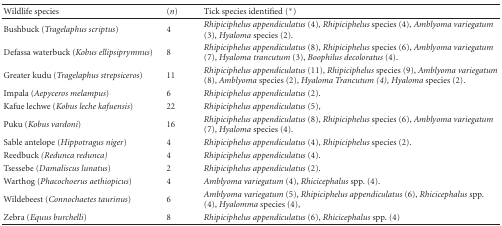
| Wildlife species | (n) | Tick species identified (*) |
 | --- | --- | --- |
 | Bushbuck (Tragelaphus scriptus) | 4 | Rhipiciphelus appendiculatus (4), Rhipiciphelus species (4), Amblyoma variegatum (3), Hyaloma species (2). |
 | Defassa waterbuck (Kobus ellipsiprymnus) | 8 | Rhipiciphelus appendiculatus (8), Rhipiciphelus species (6), Amblyoma variegatum (7), Hyaloma trancutum (3), Boophilus decoloratus (4). |
 | Greater kudu (Tragelaphus strepsiceros) | 11 | Rhipiciphelus appendiculatus (11), Rhipiciphelus species (9), Amblyoma variegatum (8), Amblyoma species (2), Hyaloma Trancutum (4), Hyaloma species (2). |
 | Impala (Aepyceros melampus) | 6 | Rhipiciphelus appendiculatus (2). |
 | Kafue lechwe (Kobus leche kafuensis) | 22 | Rhipiciphelus appendiculatus (5), |
 | Puku (Kobus vardoni) | 16 | Rhipiciphelus appendiculatus (8), Rhipiciphelus species (6), Amblyoma variegatum (7), Hyaloma species (4). |
 | Sable antelope (Hippotragus niger) | 4 | Rhipiciphelus appendiculatus (4), Rhipiciphelus species (2). |
 | Reedbuck (Redunca redunca) | 4 | Rhipiciphelus appendiculatus (4). |
 | Tsessebe (Damaliscus lunatus) | 2 | Rhipiciphelus appendiculatus (2). |
 | Warthog (Phacochoerus aethiopicus) | 4 | Amblyoma variegatum (4), Rhicicephalus spp. (4). |
 | Wildebeest (Connochaetes taurinus) | 6 | Amblyoma variegatum (5), Rhipiciphelus appendiculatus (6), Rhicicephalus spp. (4), Hyalomma species (4), |
 | Zebra (Equus burchelli) | 8 | Rhipiciphelus appendiculatus (6), Rhicicephalus spp. (4) |